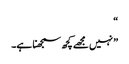
“
” نہیں مجھے کچھ سمجھنا ہے۔